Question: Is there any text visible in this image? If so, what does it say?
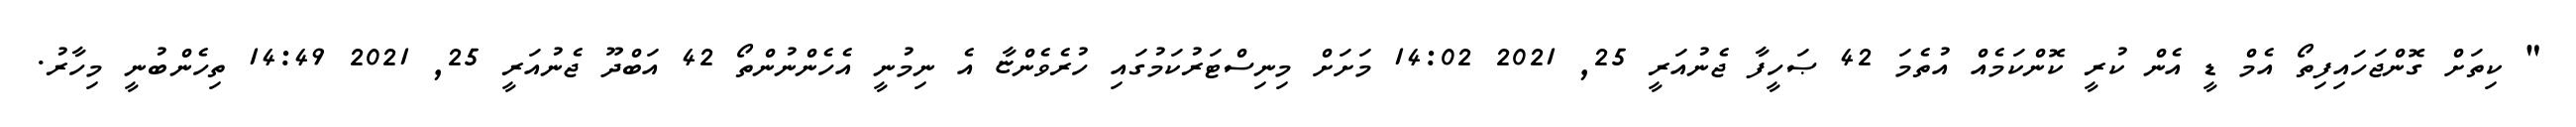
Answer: " ކިތަށް ގޮންޖަހައިފިތޯ އެމް ޑީ އެން ކުރީ ކޮންކަމެއް އުތެމަ 42 ޞަހީފާ ޖެނުއަރީ 25, 2021 14:02 މަށަށް މިނިސްޓަރުކަމުގައި ހުރެވެންޏާ އެ ނިމުނީ އެހެންނުންތޯ 42 އަބްދޫ ޖެނުއަރީ 25, 2021 14:49 ތިހެންބުނީ މިހާރު.